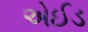
એઈડ